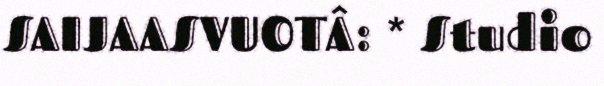
SAIJAASVUOTÂ: * Studio